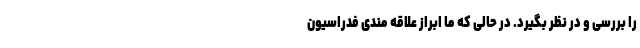
را بررسی و در نظر بگیرد. در حالی که ما ابراز علاقه مندی فدراسیون